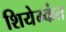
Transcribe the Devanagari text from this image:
शियेम्कंत